Indian journal of veterinary science and animal husbandry - Volumes 18-21, 1948-1951
Year: 1948
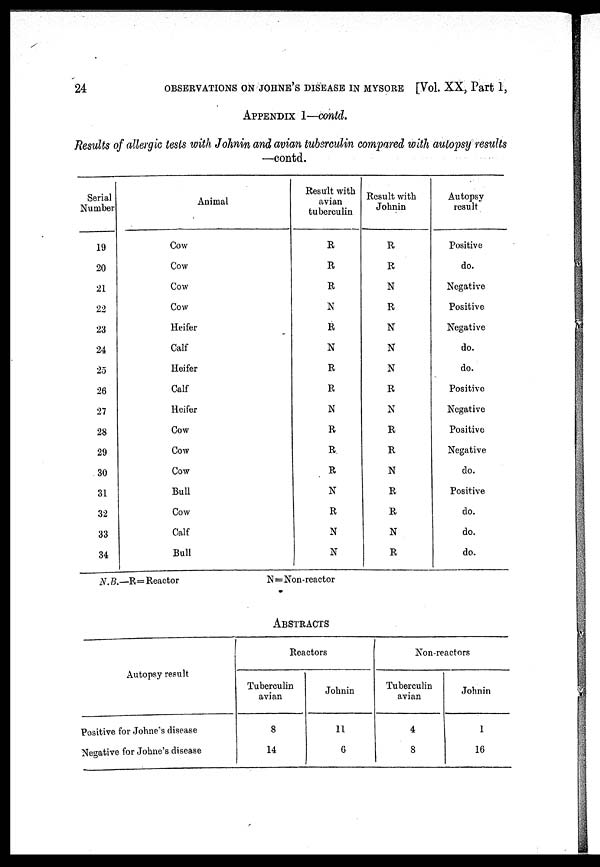
24
OBSERVATIONS ON JOHNE'S DISEASE IN MYSORE [Vol. XX, Part 1,
APPENDIX 1—contd.
Results of allergic tests with Johnin and avian tuberculin compared with autopsy results
—contd.
Serial
Number
19
20
21
22
23
24
25
26
27
28
29
30
31
32
33
34
Animal
Cow
Cow
Cow
Cow
Heifer
Calf
Heifer
Calf
Heifer
Cow
Cow
Cow
Bull
Cow
Calf
Bull
Result with
avian
tuberculin
R
R
R
N
R
N
R
R
N
R
R
R
N
R
N
N
Result with
Johnin
R
R
N
R
N
N
N
R
N
R
R
N
R
R
N
R
Autopsy
result
Positive
do.
Negative
Positive
Negative
do.
do.
Positive
Negative
Positive
Negative
do.
Positive
do.
do.
do.
N.B.—R=Reactor
N=Non-reactor
ABSTRACTS
Autopsy result
Positive for Johne's disease
Negative for Johne's disease
Reactors
Tuberculin
avian
8
14
Johnin
11
6
Non-reactors
Tuberculin
avian
4
8
Johnin
1
16